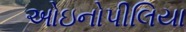
ઓઇનોપીલિયા